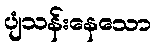
ပျံသန်းနေသော